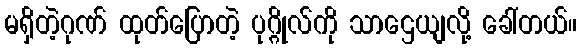
မရှိတဲ့ဂုဏ် ထုတ်ပြောတဲ့ ပုဂ္ဂိုလ်ကို သာဌေယျလို့ ခေါ်တယ်။